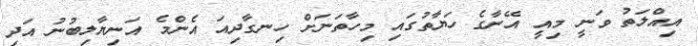
އިއްލަތު ވަނީ މިއީ އޭނާގެ ހަޔާތުގައި މިހާތަނަށް ހިނގާދިއަ އެންމެ އަނިޔާލިބުނު އަދި